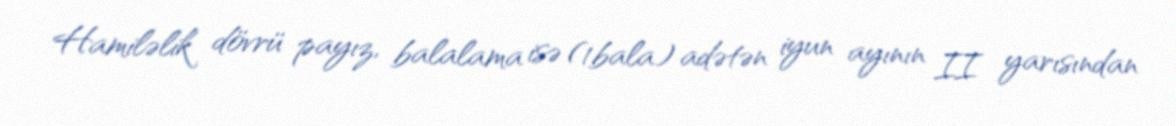
Hamiləlik dövrü payız, balalama isə (1bala) adətən iyun ayının II yarısından